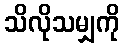
သိလိုသမျှကို